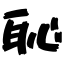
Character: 恥